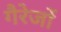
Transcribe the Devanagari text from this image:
गैरेजों